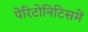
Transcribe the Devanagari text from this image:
पेरिटोनिटिसमें